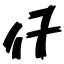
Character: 仔